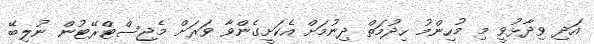
އަދި ވިދާޅުވީ މި މުހިންމު ހިދުމަތް ދިނުމަށް އެކަށީގެންވާ ވަރަށް މެޖިސްޓްރޭޓުން ނުލިބޭ